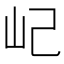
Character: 屺